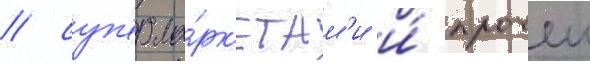
/ суп'ерма́рк'етам'и и́ прочеи